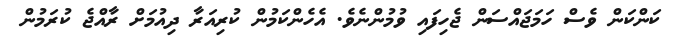
ކަންކަން ވެސް ހަމަޖައްސަން ޖެހިފައި ވުމުންނެވެ. އެހެންކަމުން ކުރިއަރާ ދިއުމަށް ރާއްޖެ ކުރަމުން